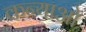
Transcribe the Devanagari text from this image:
कन्याओ